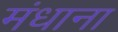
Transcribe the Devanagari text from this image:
मंधाना